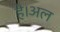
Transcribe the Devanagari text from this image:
है।अल